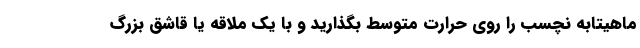
ماهیتابه نچسب را روی حرارت متوسط بگذارید و با یک ملاقه یا قاشق بزرگ